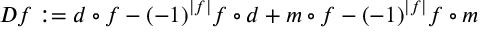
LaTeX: D f : = d \circ f - ( - 1 ) ^ { | f | } f \circ d + m \circ f - ( - 1 ) ^ { | f | } f \circ m